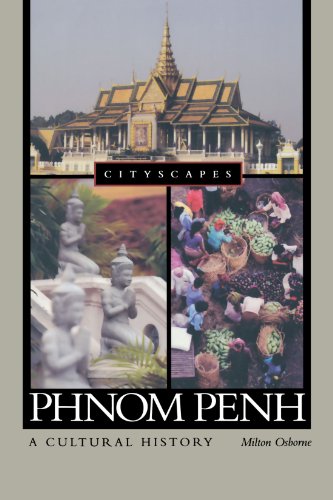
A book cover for Phnom Penh: A Cultural History (Cityscapes); Milton Osborne; Travel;